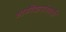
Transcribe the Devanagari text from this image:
भागीदारांसाठी